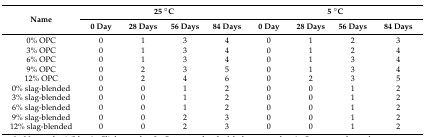
| <ROWSPAN=2> Name | <COLSPAN=4> 25 °C | <COLSPAN=4> 5 °C |
 | 0 Day | 28 Days | 56 Days | 84 Days | 0 Day | 28 Days | 56 Days | 84 Days |
 | --- | --- | --- | --- | --- | --- | --- | --- | --- |
 | 0% OPC | 0 | 1 | 3 | 4 | 0 | 1 | 2 | 3 |
 | 3% OPC | 0 | 1 | 3 | 4 | 0 | 1 | 2 | 4 |
 | 6% OPC | 0 | 1 | 3 | 4 | 0 | 1 | 3 | 4 |
 | 9% OPC | 0 | 2 | 3 | 5 | 0 | 1 | 3 | 4 |
 | 12% OPC | 0 | 2 | 4 | 6 | 0 | 2 | 3 | 5 |
 | 0% slag-blended | 0 | 0 | 1 | 2 | 0 | 0 | 1 | 2 |
 | 3% slag-blended | 0 | 0 | 1 | 2 | 0 | 0 | 1 | 2 |
 | 6% slag-blended | 0 | 0 | 1 | 2 | 0 | 0 | 1 | 2 |
 | 9% slag-blended | 0 | 0 | 2 | 3 | 0 | 0 | 1 | 2 |
 | 12% slag-blended | 0 | 0 | 2 | 3 | 0 | 0 | 1 | 2 |